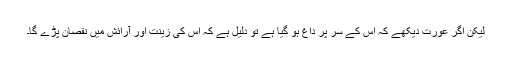
لیکن اگر عورت دیکھے کہ اس کے سر پر داغ ہو گیا ہے تو دلیل ہے کہ اس کی زینت اور آرائش میں نقصان پڑے گا۔